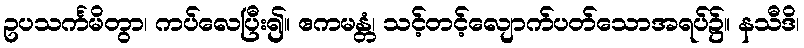
ဥပသင်္ကမိတွာ၊ ကပ်လေပြီး၍။ ဧကမန္တံ၊ သင့်တင့်လျောက်ပတ်သောအရပ်၌။ နသီဒိ၊